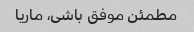
مطمئن موفق باشی، ماریا